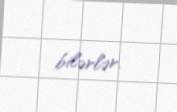
bilərlər.